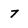
Character: 7